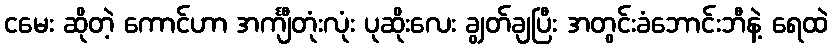
ငမေး ဆိုတဲ့ ကောင်ဟာ အင်္ကျီတုံးလုံး ပုဆိုးလေး ချွတ်ချပြီး အတွင်းခံဘောင်းဘီနဲ့ ရေထဲ